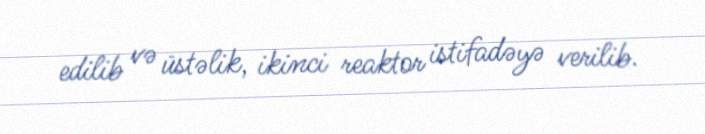
edilib və üstəlik, ikinci reaktor istifadəyə verilib.